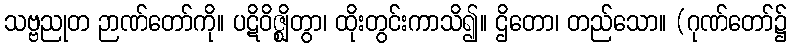
သဗ္ဗညုတ ဉာဏ်တော်ကို။ ပဋိဝိဇ္ဈိတွာ၊ ထိုးတွင်းကာသိ၍။ ဌိတော၊ တည်သော။ (ဂုဏ်တော်၌